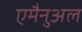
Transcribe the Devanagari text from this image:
एमैनुअल